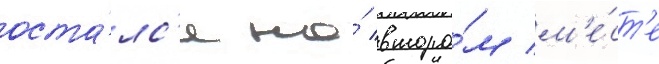
оста́лс'я на́ второ́м м'е́ст'е